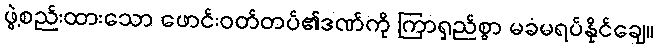
ဖွဲ့စည်းထားသော ဖောင်းဝတ်တပ်၏ဒဏ်ကို ကြာရှည်စွာ မခံမရပ်နိုင်ချေ။